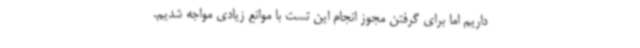
داریم اما برای گرفتن مجوز انجام این تست با موانع زیادی مواجه شدیم.